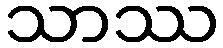
သာဿ